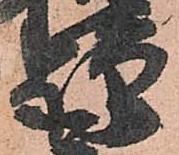
謹